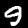
Label: 9